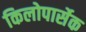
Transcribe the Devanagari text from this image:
किलोपार्सेक